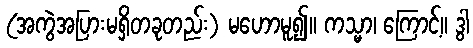
(အကွဲအပြားမရှိတခုတည်း) မဟောမူ၍။ ကသ္မာ၊ ကြောင့်။ ဒွါ